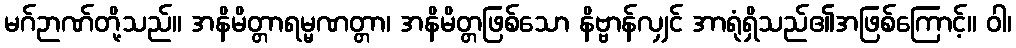
မဂ်ဉာဏ်တို့သည်။ အနိမိတ္တာရမ္မဏတ္တာ၊ အနိမိတ္တဖြစ်သော နိဗ္ဗာန်လျှင် အာရုံရှိသည်၏အဖြစ်ကြောင့်။ ဝါ၊